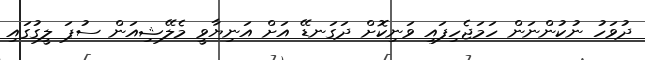
ދުވަހު ނުކުންނަން ހަމަޖެހިފައި ވަނިކޮށް ދަަގަނޑޭ އަށް އަނިޔާވީ މެލޭޝިއަން ސުޕަ ލީގުގައި